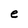
Character: e